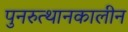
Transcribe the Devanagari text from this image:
पुनरुत्थानकालीन